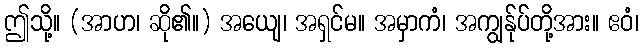
ဤသို့။ (အာဟ၊ ဆို၏။) အယျေ၊ အရှင်မ။ အမှာကံ၊ အကျွန်ုပ်တို့အား။ ဧဝံ၊